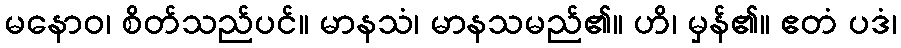
မနောဝ၊ စိတ်သည်ပင်။ မာနသံ၊ မာနသမည်၏။ ဟိ၊ မှန်၏။ ဧတံ ပဒံ၊